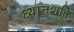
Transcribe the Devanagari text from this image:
ध्यानशक्ति